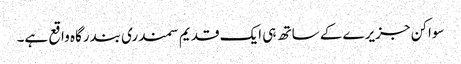
سواکن جزیرے کے ساتھ ہی ایک قدیم سمندری بندرگاہ واقع ہے۔